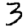
Digit: 3